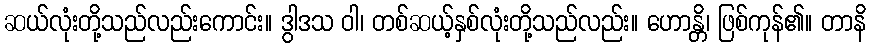
ဆယ်လုံးတို့သည်လည်းကောင်း။ ဒွါဒသ ဝါ၊ တစ်ဆယ့်နှစ်လုံးတို့သည်လည်း။ ဟောန္တိ၊ ဖြစ်ကုန်၏။ တာနိ